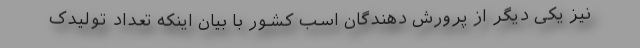
نیز یکی دیگر از پرورش دهندگان اسب کشور با بیان اینکه تعداد تولیدک